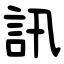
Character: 訊